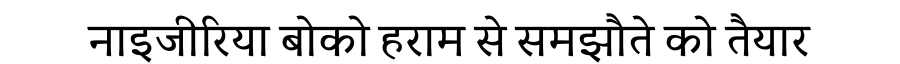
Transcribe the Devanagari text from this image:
नाइजीरिया बोको हराम से समझौते को तैयार